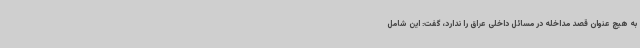
به هیچ عنوان قصد مداخله در مسائل داخلی عراق را ندارد، گفت: این شامل